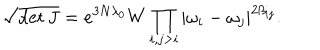
LaTeX: \sqrt { \det J } = e ^ { 3 N \lambda _ { 0 } } W \prod _ { i , j > i } | \omega _ { i } - \omega _ { j } | ^ { 2 \beta _ { i j } } .